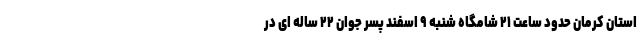
استان کرمان حدود ساعت ۲۱ شامگاه شنبه ۹ اسفند پسر جوان ۲۲ ساله ای در